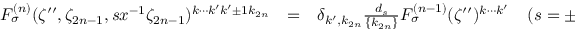
\begin{array} { r c l } { { F _ { \sigma } ^ { ( n ) } ( \zeta ^ { \prime \prime } , \zeta _ { 2 n - 1 } , s x ^ { - 1 } \zeta _ { 2 n - 1 } ) ^ { k \cdots k ^ { \prime } k ^ { \prime } \pm 1 k _ { 2 n } } } } & { { = } } & { { \delta _ { k ^ { \prime } , k _ { 2 n } } \frac { d _ { s } } { \{ k _ { 2 n } \} } F _ { \sigma } ^ { ( n - 1 ) } ( \zeta ^ { \prime \prime } ) ^ { k \cdots k ^ { \prime } } \; \; \; \; ( s = \pm ) , } } \end{array}